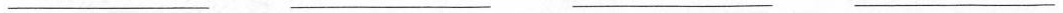
___ ___ ___ ___